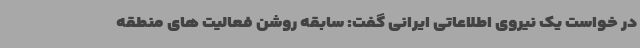
در خواست یک نیروی اطلاعاتی ایرانی گفت: سابقه روشن فعالیت های منطقه